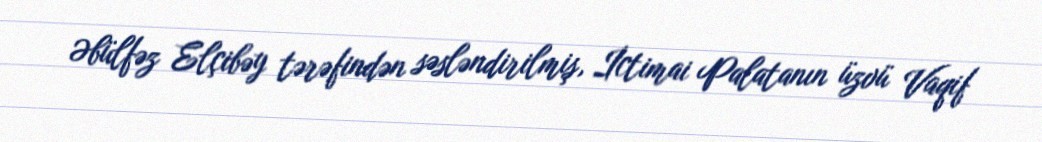
Əbülfəz Elçibəy tərəfindən səsləndirilmiş, İctimai Palatanın üzvü Vaqif